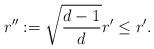
LaTeX: \begin{align*} r'':=\sqrt{\frac{d-1}{d}}r'\le r'. \end{align*}